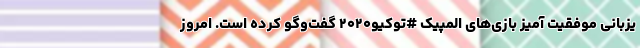
یزبانی موفقیت آمیز بازی‌های المپیک #توکیو۲۰۲۰ گفت‌وگو کرده است. امروز